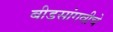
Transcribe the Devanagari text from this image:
बीडसांगवीचे